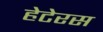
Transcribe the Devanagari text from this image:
हेटेरस